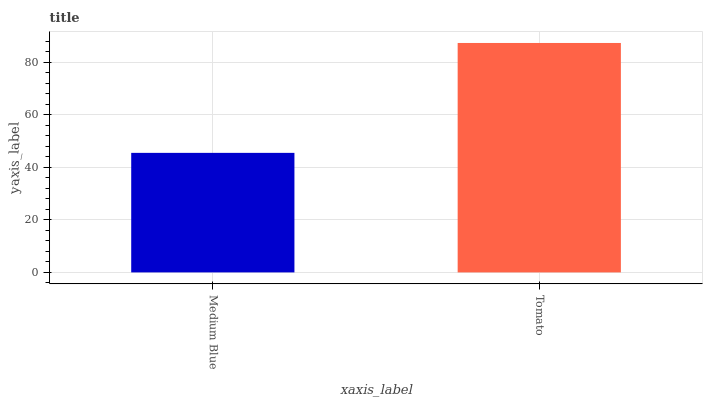
| xaxis_label | bars |
 | --- | --- |
 | Medium Blue | 45.5 |
 | Tomato | 87.3 |